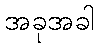
အခုအခါ